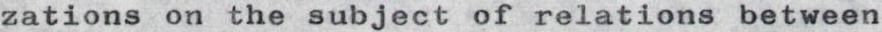
zations on the subject of relations between